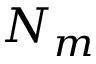
N _ { m }